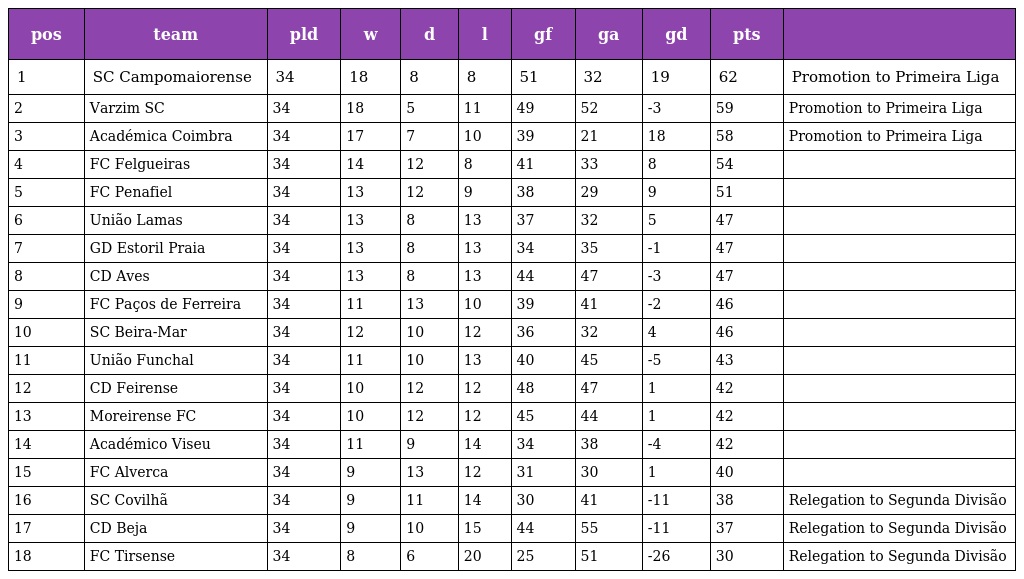
| pos | team | pld | w | d | l | gf | ga | gd | pts |  |
 | --- | --- | --- | --- | --- | --- | --- | --- | --- | --- | --- |
 | 1 | SC Campomaiorense | 34 | 18 | 8 | 8 | 51 | 32 | 19 | 62 | Promotion to Primeira Liga |
 | 2 | Varzim SC | 34 | 18 | 5 | 11 | 49 | 52 | -3 | 59 | Promotion to Primeira Liga |
 | 3 | Académica Coimbra | 34 | 17 | 7 | 10 | 39 | 21 | 18 | 58 | Promotion to Primeira Liga |
 | 4 | FC Felgueiras | 34 | 14 | 12 | 8 | 41 | 33 | 8 | 54 |  |
 | 5 | FC Penafiel | 34 | 13 | 12 | 9 | 38 | 29 | 9 | 51 |  |
 | 6 | União Lamas | 34 | 13 | 8 | 13 | 37 | 32 | 5 | 47 |  |
 | 7 | GD Estoril Praia | 34 | 13 | 8 | 13 | 34 | 35 | -1 | 47 |  |
 | 8 | CD Aves | 34 | 13 | 8 | 13 | 44 | 47 | -3 | 47 |  |
 | 9 | FC Paços de Ferreira | 34 | 11 | 13 | 10 | 39 | 41 | -2 | 46 |  |
 | 10 | SC Beira-Mar | 34 | 12 | 10 | 12 | 36 | 32 | 4 | 46 |  |
 | 11 | União Funchal | 34 | 11 | 10 | 13 | 40 | 45 | -5 | 43 |  |
 | 12 | CD Feirense | 34 | 10 | 12 | 12 | 48 | 47 | 1 | 42 |  |
 | 13 | Moreirense FC | 34 | 10 | 12 | 12 | 45 | 44 | 1 | 42 |  |
 | 14 | Académico Viseu | 34 | 11 | 9 | 14 | 34 | 38 | -4 | 42 |  |
 | 15 | FC Alverca | 34 | 9 | 13 | 12 | 31 | 30 | 1 | 40 |  |
 | 16 | SC Covilhã | 34 | 9 | 11 | 14 | 30 | 41 | -11 | 38 | Relegation to Segunda Divisão |
 | 17 | CD Beja | 34 | 9 | 10 | 15 | 44 | 55 | -11 | 37 | Relegation to Segunda Divisão |
 | 18 | FC Tirsense | 34 | 8 | 6 | 20 | 25 | 51 | -26 | 30 | Relegation to Segunda Divisão |